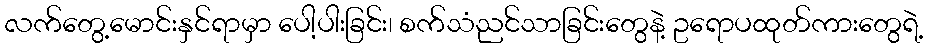
လက်တွေ့မောင်းနှင်ရာမှာ ပေါ့ပါးခြင်း၊ စက်သံညင်သာခြင်းတွေနဲ့ ဥရောပထုတ်ကားတွေရဲ့